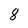
Character: 8